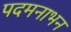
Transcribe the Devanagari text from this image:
पदमनाभन